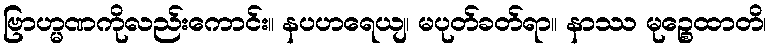
ဗြာဟ္မဏကိုလည်းကောင်း။ နပဟရေယျ၊ မပုတ်ခတ်ရာ။ နာဿ မုဉ္စေထာတိ၊